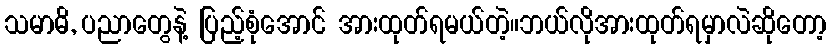
သမာဓိ, ပညာတွေနဲ့ ပြည့်စုံအောင် အားထုတ်ရမယ်တဲ့။ဘယ်လိုအားထုတ်ရမှာလဲဆိုတော့